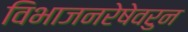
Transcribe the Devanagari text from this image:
विभाजनरेषेवरुन